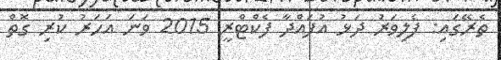
ތެރޭގައި: ފެލިވަރު ދަޅު އުފައްދާ ފެކްޓްރީ 2015 ވަނަ އަހަރު ކުރި ގޮތް